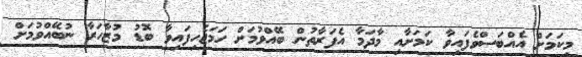
މިކަމަށް އެއްބަސްވެފައިވާ ކަމަށާއި މާދަމާ އެފަރާތުން ބޭއްވުމަށް ހަމަޖެހިފައިވާ ބޮޑު މުޒާހަރާ ނުބޭއްވުމަށް